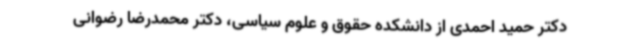
دکتر حمید احمدی از دانشکده حقوق و علوم سیاسی، دکتر محمدرضا رضوانی